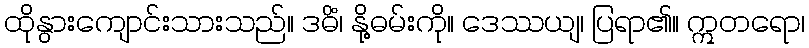
ထိုနွားကျောင်းသားသည်။ ဒဓိံ၊ နို့ဓမ်းကို။ ဒေဿယျ၊ ပြရာ၏။ ဣတရော၊